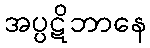
အပ္ပဋိဘာနေ